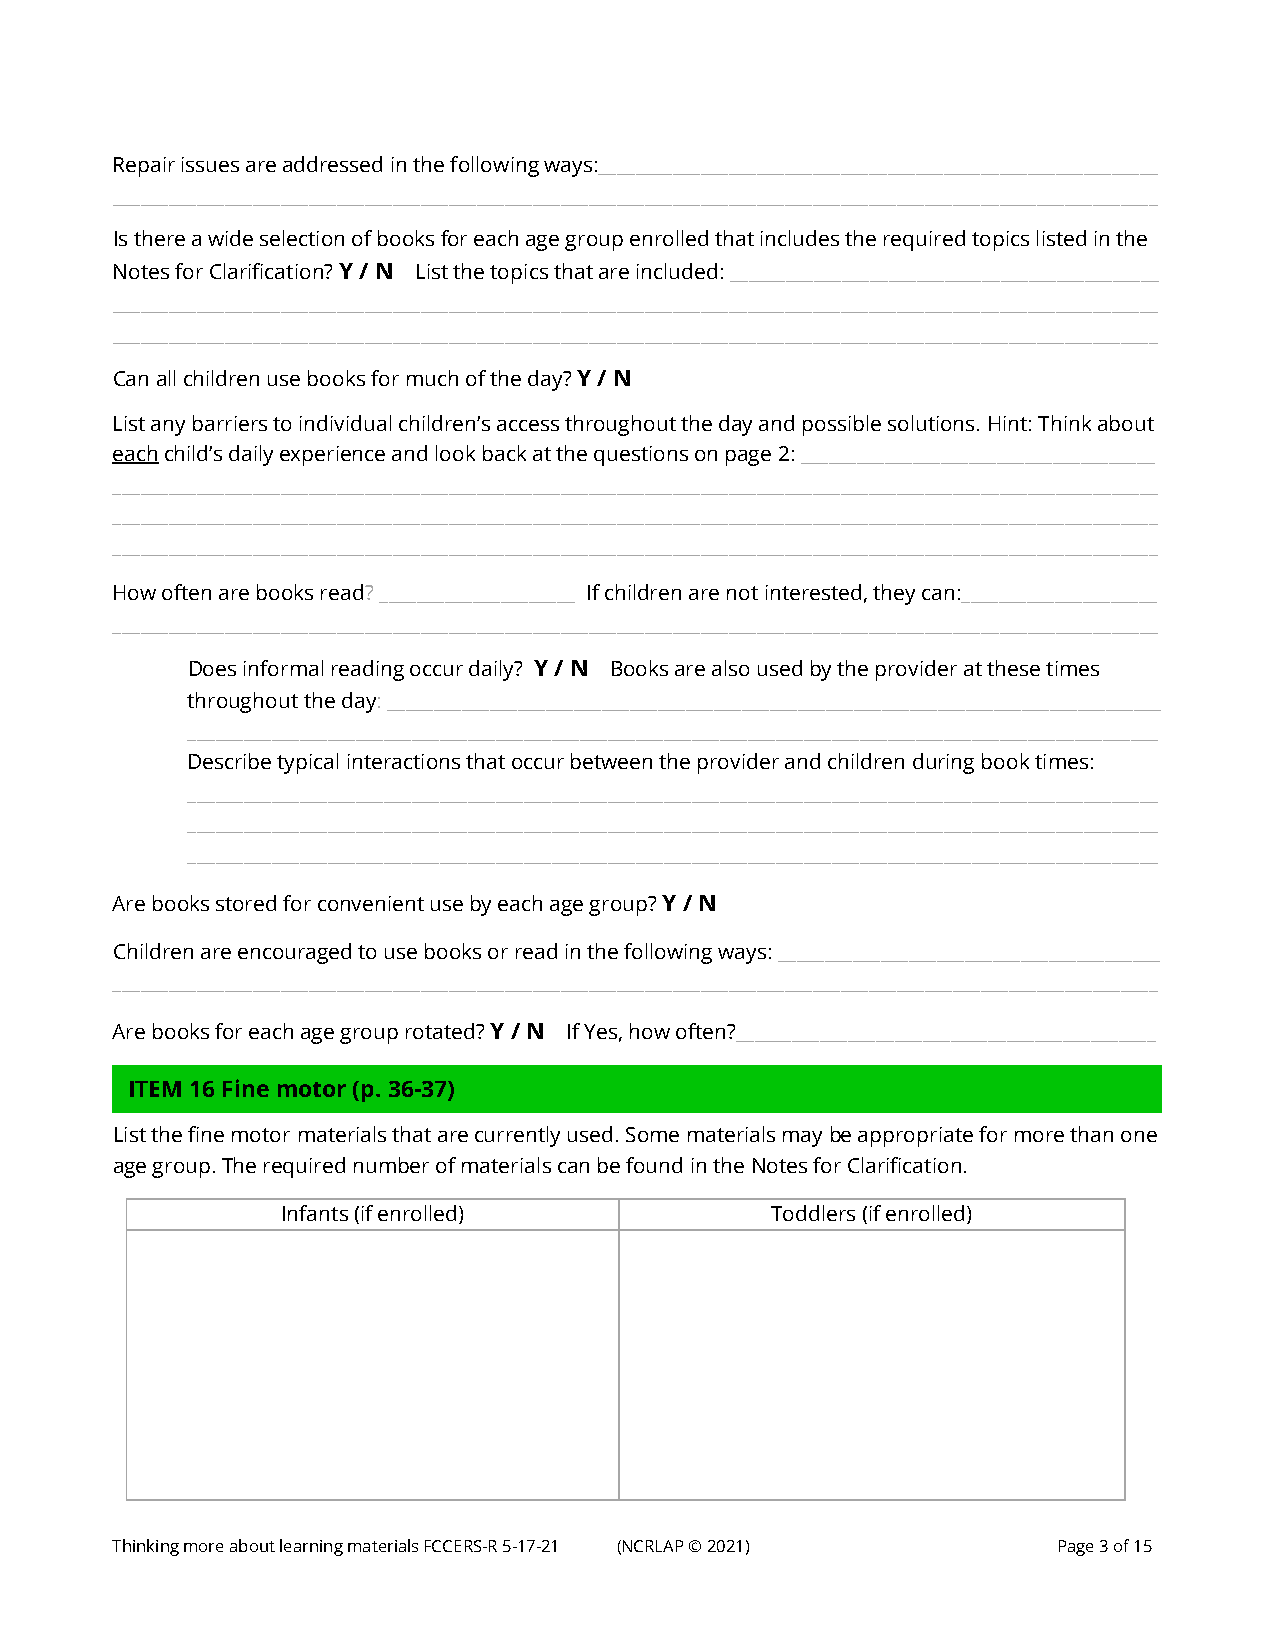
Repair issues are addressed in the following ways:____________________________________________________________
 ________________________________________________________________________________________________________________
 Is there a wide selection of books for each age group enrolled that includes the required topics listed in the
 Notes for Clarification? Y / N List the topics that are included: ______________________________________________
 ________________________________________________________________________________________________________________
 ________________________________________________________________________________________________________________
 Can all children use books for much of the day? Y / N
 List any barriers to individual children’s access throughout the day and possible solutions. Hint: Think about
 each child’s daily experience and look back at the questions on page 2: ______________________________________
 ________________________________________________________________________________________________________________
 ________________________________________________________________________________________________________________
 ________________________________________________________________________________________________________________
 How often are books read? _____________________ If children are not interested, they can:_____________________
 ________________________________________________________________________________________________________________
 Does informal reading occur daily? Y / N Books are also used by the provider at these times
 throughout the day: ___________________________________________________________________________________
 ________________________________________________________________________________________________________
 Describe typical interactions that occur between the provider and children during book times:
 ________________________________________________________________________________________________________
 ________________________________________________________________________________________________________
 ________________________________________________________________________________________________________
 Are books stored for convenient use by each age group? Y / N
 Children are encouraged to use books or read in the following ways: _________________________________________
 ________________________________________________________________________________________________________________
 Are books for each age group rotated? Y / N If Yes, how often?_____________________________________________
 ITEM 16 Fine motor (p. 36-37)
 Li st the fine motor materials that are currently used. Some materials may be appropriate for more than one
 age group. The required number of materials can be found in the Notes for Clarification.
 Infants (if enrolled)           Toddlers (if enrolled)
 Thinking more about learning materials FCCERS-R 5-17-21 (NCRLAP © 2021) Page 3 of 15